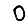
Digit: 0